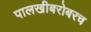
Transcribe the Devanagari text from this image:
पालखीबरोबरच